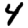
Digit: 4